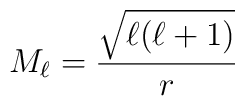
M_\ell = \frac{\sqrt{\ell(\ell+1)}}{r}